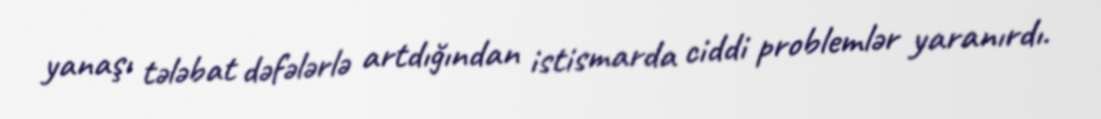
yanaşı tələbat dəfələrlə artdığından istismarda ciddi problemlər yaranırdı.